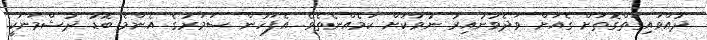
ދުއްވައިގަތްގޮތަށް ގެއަށް ވަދެވުނުއިރު ނުވާކަށް ކަމެއްނެތެވެ. އެފަހުން ސަމަރުގެ އެންމެ ބޮޑު ދުޝްމަނަކީ